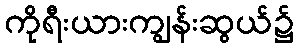
ကိုရီးယားကျွန်းဆွယ်၌